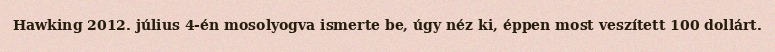
Hawking 2012. július 4-én mosolyogva ismerte be, úgy néz ki, éppen most veszített 100 dollárt.